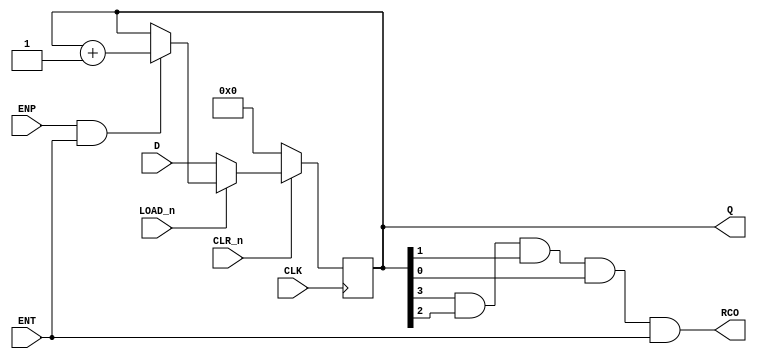
//! \file        AAC2M4P1.vhd
//!
//! \brief       This VHDL file represents the logic of
//!              the 74LS161 IC, which is a binary counter.
//!
//! \author      Uriel Abe Contardi
//! \date        01-04-2024
//!
//! \version     1.0
//!
//! \copyright   Copyright (c) 2024 - All Rights reserved.
//!
//! \note        Target devices: No specific target
//! \note        Tool versions: No specific tool
//! \note        Dependencies: No specific dependencies
//!
//! \ingroup
//! \warning     None
//!
//! \note        Revisions:
//!             - 1.0   01-04-2024
//!				First revision.
module LS161a(
    input [3:0] D,        // Parallel Input
    input CLK,            // Clock
    input CLR_n,          // Active Low Asynchronous Reset
    input LOAD_n,         // Enable Parallel Input
    input ENP,            // Count Enable Parallel
    input ENT,            // Count Enable Trickle
    output [3:0]Q,        // Parallel Output
    output RCO            // Ripple Carry Output (Terminal Count)
  );
  reg [3:0]temp;

  always @(posedge CLK)
  begin
    if (CLR_n==0)
      temp<=0000;
    else if (CLR_n==1)
    begin
      if (LOAD_n == 0)

        temp<=D;
      else if (ENP==1 & ENT==1)
        temp<=temp+1;
    end
  end

  assign Q=temp;
  assign RCO = temp[3]& temp[2]& temp[1]& temp[0]& ENT;
endmodule